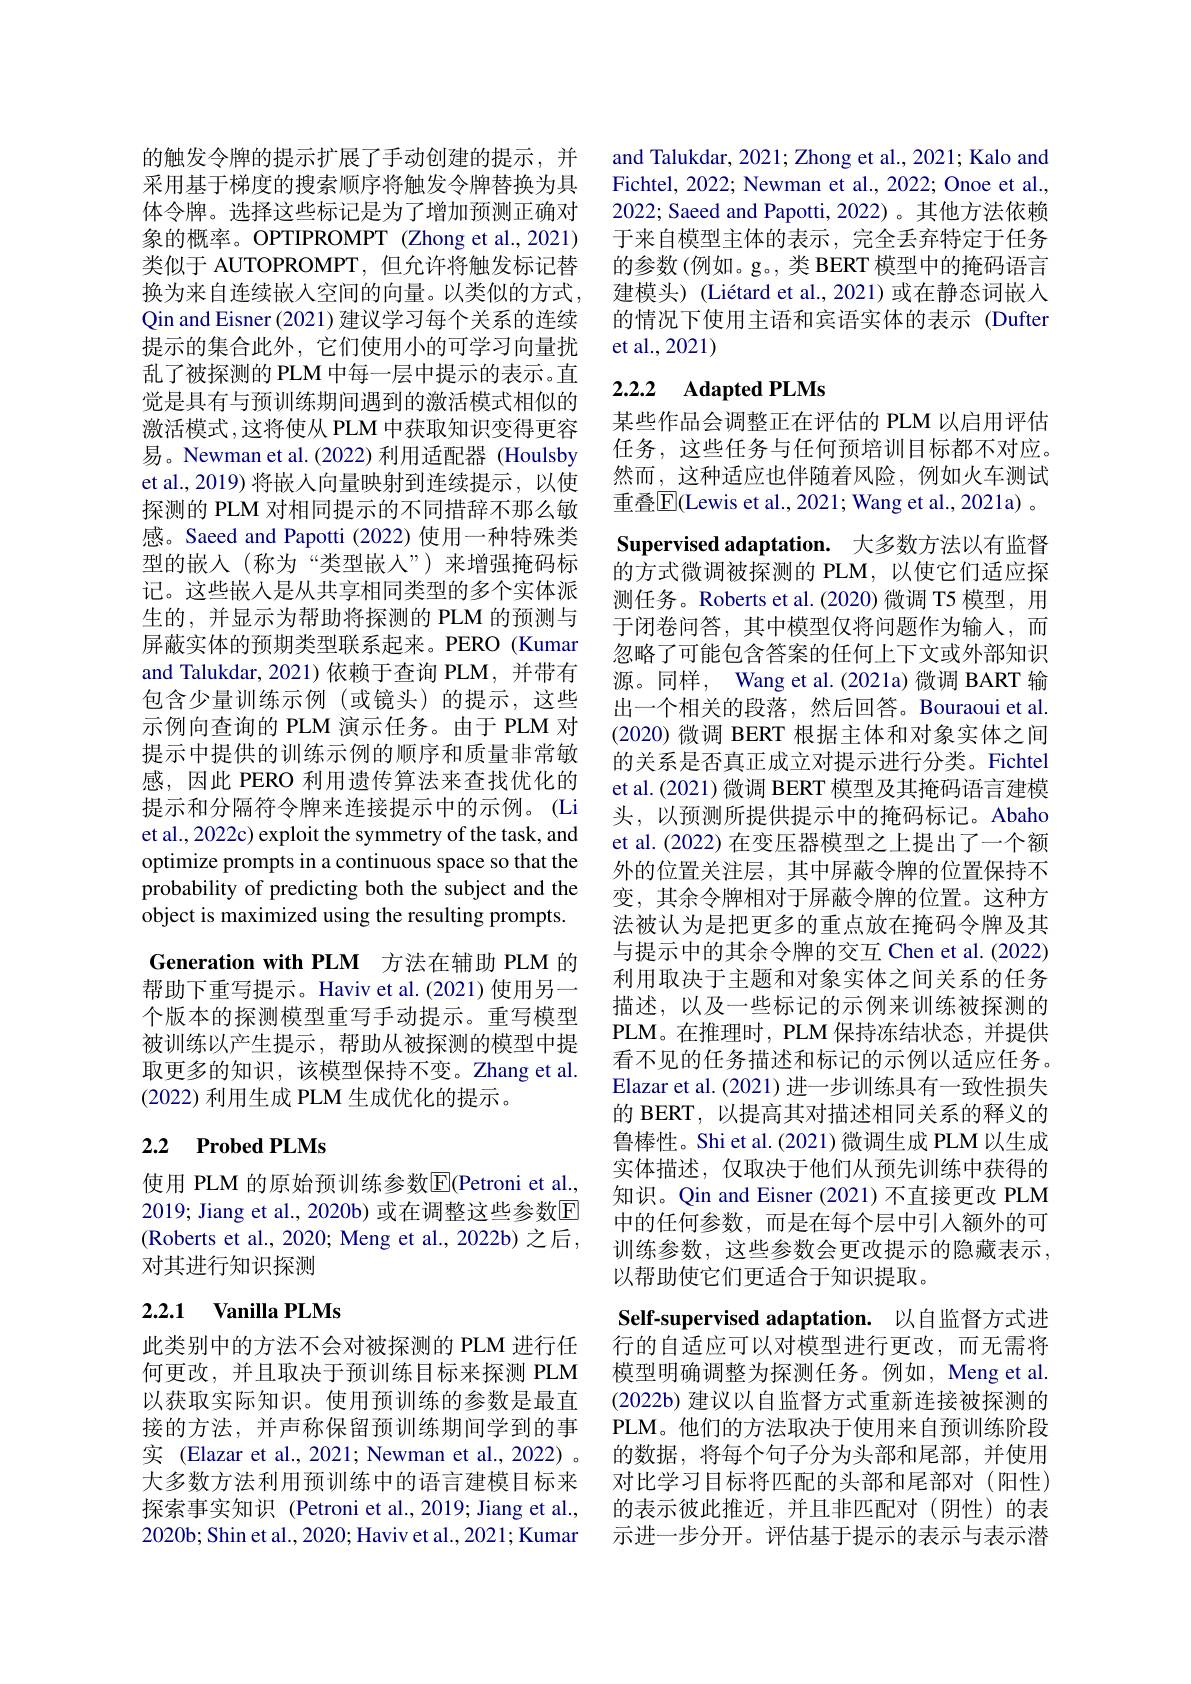
的触发令牌的提示扩展了手动创建的提示，并采用基于梯度的搜索顺序将触发令牌替换为具体令牌。选择这些标记是为了增加预测正确对象的概率。OPTIPROMPT (Zhong et al.,2021) 类似于 AUTOPROMPT, 但允许将触发标记替换为来自连续嵌入空间的向量。以类似的方式， Qin and Eisner (2021) 建议学习每个关系的连续提示的集合此外，它们使用小的可学习向量扰乱了被探测的 PLM 中每一层中提示的表示。直觉是具有与预训练期间遇到的激活模式相似的激活模式，这将使从 PLM 中获取知识变得更容易。Newman et al.(2022) 利用适配器 (Houlsby et al., 2019) 将嵌人向量映射到连续提示，以使探测的 PLM 对相同提示的不同措辞不那么敏感。Saeed and Papotti (2022) 使用一种特殊类型的嵌入(称为“类型嵌人”)来增强掩码标记。这些嵌人是从共享相同类型的多个实体派生的，并显示为帮助将探测的 PLM 的预测与屏蔽实体的预期类型联系起来。PERO (Kumar and Talukdar, 2021)依赖于查询 PLM, 并带有包含少量训练示例(或镜头)的提示，这些示例向查询的 PLM 演示任务。由于 PLM 对提示中提供的训练示例的顺序和质量非常敏感，因此 PERO 利用遗传算法来查找优化的提示和分隔符令牌来连接提示中的示例。(Li et al., 2022c) exploit the symmetry of the task, and optimize prompts in a continuous space so that the probability of predicting both the subject and the object is maximized using the resulting prompts. Generation with PLM 方法在辅助 PLM 的帮助下重写提示。Haviv et al.(2021) 使用另一个版本的探测模型重写手动提示。重写模型被训练以产生提示，帮助从被探测的模型中提取更多的知识，该模型保持不变。Zhang et al. (2022)利用生成 PLM 生成优化的提示。

## 2.2 Probed PLMs

使用 PLM 的原始预训练参数$\overline{\mathrm{E}}($Petroni et al., 2019; Jiang et al., 2020b) 或在调整这些参数E (Roberts et al., 2020; Meng et al., 2022b) 之后， 对其进行知识探测

## 2.2.1 Vanilla PLMs

此类别中的方法不会对被探测的 PLM 进行任何更改，并且取决于预训练目标来探测 PLM 以获取实际知识。使用预训练的参数是最直接的方法，并声称保留预训练期间学到的事实 (Elazar et al., 2021; Newman et al., 2022) 。大多数方法利用预训练中的语言建模目标来探索事实知识 (Petroni et al.,2019; Jiang et al., 2020b; Shin et al., 2020; Haviv et al., 2021; Kumar

and Talukdar, 2021; Zhong et al., 2021; Kalo and Fichtel, 2022; Newman et al., 2022; Onoe et al., 2022; Saeed and Papotti, 2022)。其他方法依赖于来自模型主体的表示，完全丢弃特定于任务的参数(例如。g。, 类 BERT 模型中的掩码语言建模头)(Liétard et al., 2021)或在静态词嵌入的情况下使用主语和宾语实体的表示(Dufter et al.,2021)

## 2.2.2 Adapted PLMs

某些作品会调整正在评估的 PLM 以启用评估任务，这些任务与任何预培训目标都不对应。然而，这种适应也伴随着风险，例如火车测试重叠$\overline{\mathrm{E}}($Lewis et al., 2021; Wang et al., 2021a) 。Supervised adaptation. 大多数方法以有监督的方式微调被探测的 PLM,以使它们适应探测任务。Roberts et al.(2020) 微调 T5 模型，用于闭卷问答，其中模型仅将问题作为输入，而忽略了可能包含答案的任何上下文或外部知识源。同样，Wang et al.(2021a)微调 BART 输出一个相关的段落，然后回答。Bouraoui et al. (2020)微调 BERT 根据主体和对象实体之间的关系是否真正成立对提示进行分类。Fichtel et al.(2021) 微调 BERT 模型及其掩码语言建模头，以预测所提供提示中的掩码标记。Abaho et al. (2022) 在变压器模型之上提出了一个额外的位置关注层，其中屏蔽令牌的位置保持不变，其余令牌相对于屏蔽令牌的位置。这种方法被认为是把更多的重点放在掩码令牌及其与提示中的其余令牌的交互 Chen et al. (2022) 利用取决于主题和对象实体之间关系的任务描述，以及一些标记的示例来训练被探测的PLM。在推理时，PLM 保持冻结状态，并提供看不见的任务描述和标记的示例以适应任务。Elazar et al. (2021)进一步训练具有一致性损失的 BERT, 以提高其对描述相同关系的释义的鲁棒性。Shi et al. (2021) 微调生成 PLM 以生成实体描述，仅取决于他们从预先训练中获得的知识。Qin and Eisner (2021) 不直接更改 PLM 中的任何参数，而是在每个层中引入额外的可训练参数，这些参数会更改提示的隐藏表示， 以帮助使它们更适合于知识提取。
Self-supervised adaptation. 以自监督方式进行的自适应可以对模型进行更改，而无需将模型明确调整为探测任务。例如，Meng et al. (2022b) 建议以自监督方式重新连接被探测的PLM。他们的方法取决于使用来自预训练阶段的数据，将每个句子分为头部和尾部，并使用对比学习目标将匹配的头部和尾部对(阳性) 的表示彼此推近，并且非匹配对(阴性)的表示进一步分开。评估基于提示的表示与表示潜